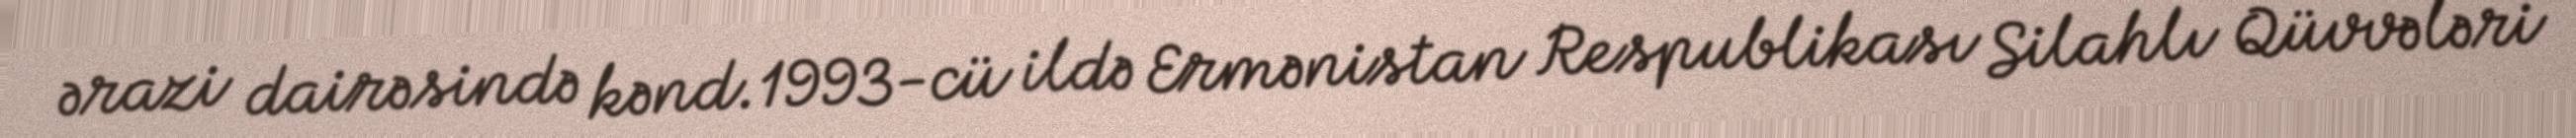
ərazi dairəsində kənd.1993-cü ildə Ermənistan Respublikası Silahlı Qüvvələri